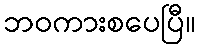
ဘဝကားစပေပြီ။